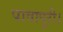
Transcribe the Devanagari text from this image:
पावापुरी।